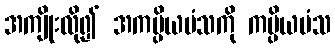
အကျိုးလို၍ အကပ္ပိယမံသကို ကပ္ပိယမံသ